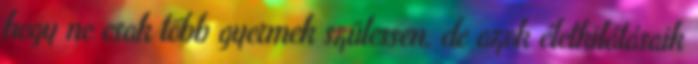
hogy ne csak több gyermek szülessen, de azok életkilátásaik